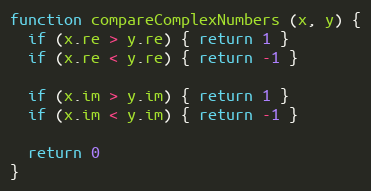
Language: JavaScript
function compareComplexNumbers (x, y) {
  if (x.re > y.re) { return 1 }
  if (x.re < y.re) { return -1 }

  if (x.im > y.im) { return 1 }
  if (x.im < y.im) { return -1 }

  return 0
}